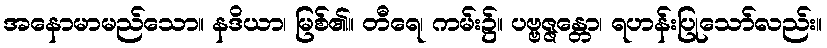
အနောမာမည်သော။ နဒိယာ၊ မြစ်၏။ တီရေ၊ ကမ်း၌။ ပဗ္ဗဇ္ဇန္တော၊ ရဟန်းပြုသော်လည်း။